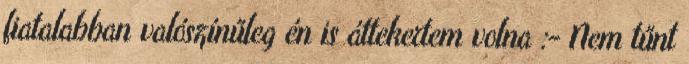
fiatalabban valószínűleg én is áttekertem volna :- Nem tűnt